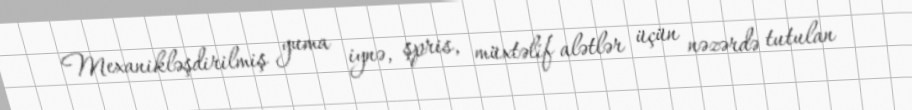
Mexanikləşdirilmiş yuma iynə, şpris, müxtəlif alətlər üçün nəzərdə tutulan